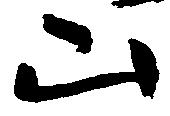
山